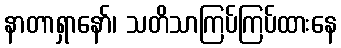
နာတာရှာနော်၊ သတိသာကြပ်ကြပ်ထားနေ